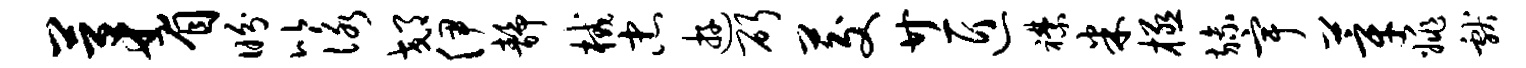
茅眉盼比咏郊伊静械忠游斫茭廿匠襟米极旒宇莘姚献